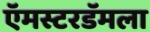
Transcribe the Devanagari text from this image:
ऍमस्टरडॅमला